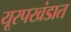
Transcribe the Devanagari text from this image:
यूरपखंडात